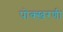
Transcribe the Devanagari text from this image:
पोक्खरणी